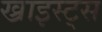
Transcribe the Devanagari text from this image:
ख्राइस्ट्स